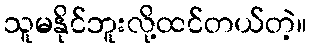
သူမနိုင်ဘူးလို့ထင်တယ်တဲ့။